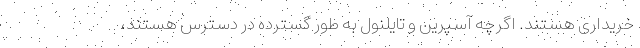
خریداری هستند. اگرچه آسپرین و تایلنول به طور گسترده در دسترس هستند،